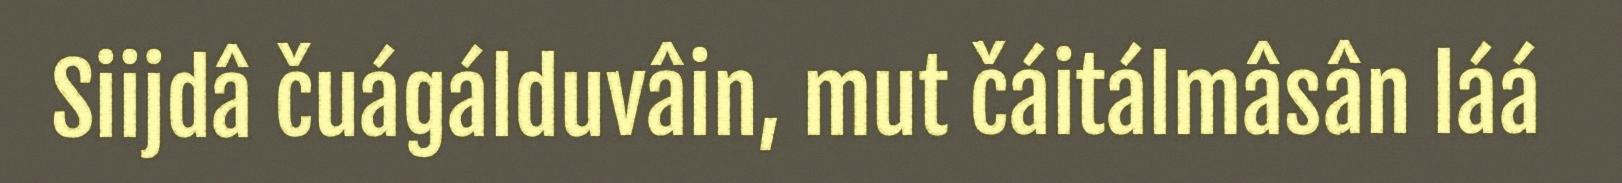
Siijdâ čuágálduvâin, mut čáitálmâsân láá